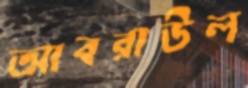
আবরাউল